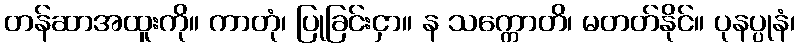
တန်ဆာအထူးကို။ ကာတုံ၊ ပြုခြင်းငှာ။ န သက္ကောတိ၊ မတတ်နိုင်။ ပုနပ္ပုနံ၊